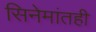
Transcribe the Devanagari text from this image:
सिनेमांतही